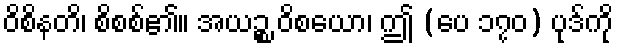
ဝိစိနတိ၊ စိစစ်၏။ အယဉ္စ ဝိစယော၊ ဤ (ပေ ၁၇၀) ပုဒ်ကို